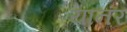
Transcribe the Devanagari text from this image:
यानंर